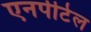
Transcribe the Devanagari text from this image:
एनपीटेल